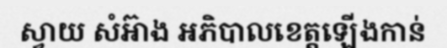
ស្វាយ សំអ៊ាង អភិបាលខេត្តឡើងកាន់